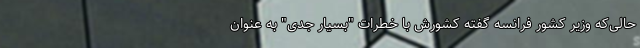
حالی‌که وزیر کشور فرانسه گفته کشورش با خطرات "بسیار جدی" به عنوان